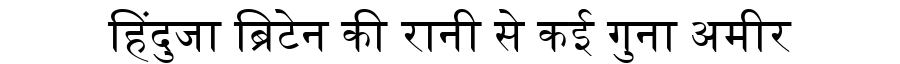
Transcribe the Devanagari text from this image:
हिंदुजा ब्रिटेन की रानी से कई गुना अमीर